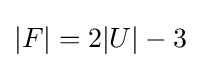
|F|=2|U|-3